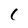
Character: I